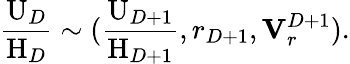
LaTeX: \frac{\mathrm{U}_{D}}{\mathrm{H}_{D}}\sim(\frac{\mathrm{U}_{D+1}}{\mathrm{H}_{D+1}},r_{D+1},{\mathbf V}_{r}^{D+1}).